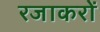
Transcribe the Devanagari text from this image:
रजाकरों